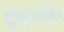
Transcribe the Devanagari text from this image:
सौकेतवीहन